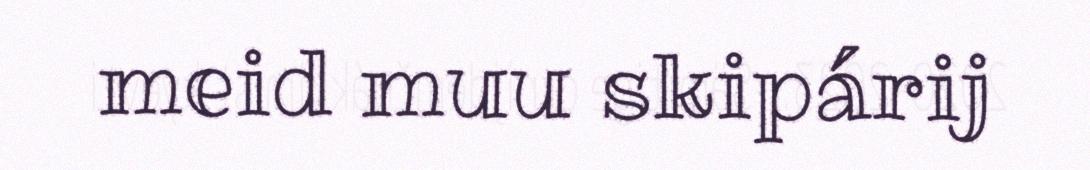
meid muu skipárij